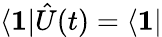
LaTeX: \langle\textbf{1}|\hat{U}(t)=\langle\textbf{1}|